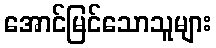
အောင်မြင်သောသူများ